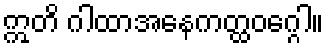
ဣတိ ဂါထာအနေကတ္ထဝဂ္ဂေါ။